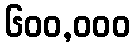
၆၀၀,၀၀၀